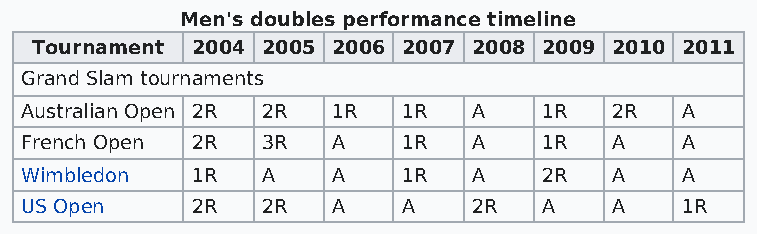
Men's doubles performance timeline
 Tournament 2004 2005 2006 2007 2008 2009 2010 2011
 Grand Slam tournaments
 Australian Open 2R 2R 1R  1R  A    1R  2R   A
 French Open 2R  3R   A    1R  A    1R  A    A
 Wimbledon   1R  A    A    1R  A    2R  A    A
 US Open     2R  2R   A    A   2R   A   A    1R